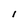
Character: I